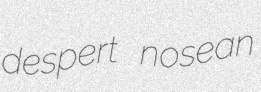
despert nosean